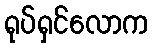
ရုပ်ရှင်လောက